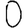
Digit: 0